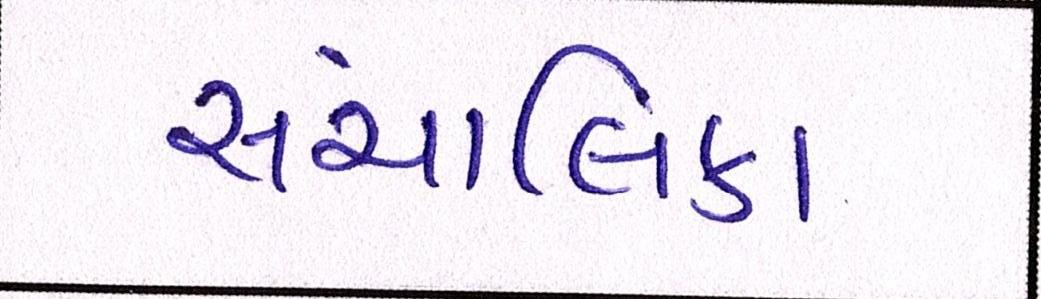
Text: સંચાલિકા